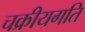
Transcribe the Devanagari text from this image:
चक्रीयगति